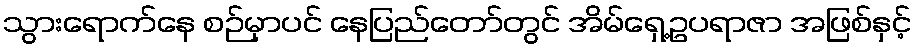
သွားရောက်နေ စဉ်မှာပင် နေပြည်တော်တွင် အိမ်ရှေ့ဥပရာဇာ အဖြစ်နှင့်